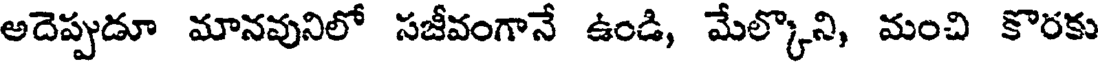
అదెప్పుడూ మానవునిలో సజీవంగానే ఉండి, మేల్కొని, మంచి కొరకు